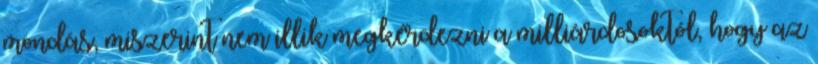
mon­dás, miszerint nem illik megkérdezni a milliárdosoktól, hogy az